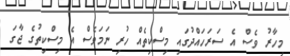
މިހާރު ވެސް އެ ސަރަހައްދުގައި މިސްކިތެއް ހުރި ނަމަވެސް އެ މިސްކިތުގެ ޖާގަ